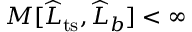
M [ \widehat { L } _ { \mathrm { t s } } , \widehat { L } _ { b } ] < \infty